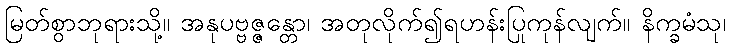
မြတ်စွာဘုရားသို့။ အနုပဗ္ဗဇ္ဇန္တော၊ အတုလိုက်၍ရဟန်းပြုကုန်လျက်။ နိက္ခမံသု၊